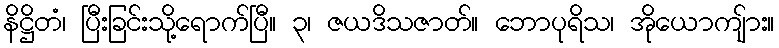
နိဋ္ဌိတံ၊ ပြီးခြင်းသို့ရောက်ပြီ။ ၃၊ ဇယဒိသဇာတ်။ ဘောပုရိသ၊ အိုယောကျ်ား။